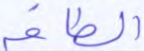
الطاقة